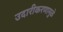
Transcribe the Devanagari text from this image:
उदारीकरणामुळे